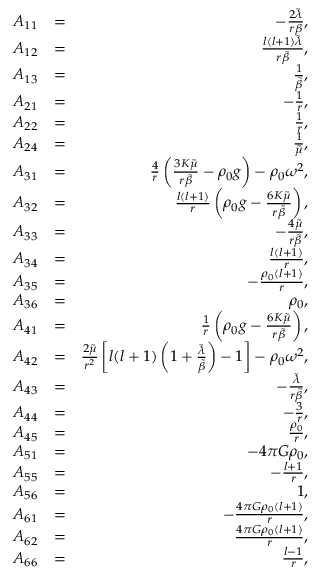
\begin{array} { r l r } { A _ { 1 1 } } & { = } & { - \frac { 2 \tilde { \lambda } } { r \beta } , } \\ { A _ { 1 2 } } & { = } & { \frac { l ( l + 1 ) \tilde { \lambda } } { r \tilde { \beta } } , } \\ { A _ { 1 3 } } & { = } & { \frac { 1 } { \tilde { \beta } } , } \\ { A _ { 2 1 } } & { = } & { - \frac { 1 } { r } , } \\ { A _ { 2 2 } } & { = } & { \frac { 1 } { r } , } \\ { A _ { 2 4 } } & { = } & { \frac { 1 } { \tilde { \mu } } , } \\ { A _ { 3 1 } } & { = } & { \frac { 4 } { r } \left( \frac { 3 K \tilde { \mu } } { r \tilde { \beta } } - \rho _ { 0 } g \right) - \rho _ { 0 } \omega ^ { 2 } , } \\ { A _ { 3 2 } } & { = } & { \frac { l ( l + 1 ) } { r } \left( \rho _ { 0 } g - \frac { 6 K \tilde { \mu } } { r \tilde { \beta } } \right) , } \\ { A _ { 3 3 } } & { = } & { - \frac { 4 \tilde { \mu } } { r \tilde { \beta } } , } \\ { A _ { 3 4 } } & { = } & { \frac { l ( l + 1 ) } { r } , } \\ { A _ { 3 5 } } & { = } & { - \frac { \rho _ { 0 } ( l + 1 ) } { r } , } \\ { A _ { 3 6 } } & { = } & { \rho _ { 0 } , } \\ { A _ { 4 1 } } & { = } & { \frac { 1 } { r } \left( \rho _ { 0 } g - \frac { 6 K \tilde { \mu } } { r \tilde { \beta } } \right) , } \\ { A _ { 4 2 } } & { = } & { \frac { 2 \tilde { \mu } } { r ^ { 2 } } \left[ l ( l + 1 ) \left( 1 + \frac { \tilde { \lambda } } { \tilde { \beta } } \right) - 1 \right] - \rho _ { 0 } \omega ^ { 2 } , } \\ { A _ { 4 3 } } & { = } & { - \frac { \tilde { \lambda } } { r \tilde { \beta } } , } \\ { A _ { 4 4 } } & { = } & { - \frac { 3 } { r } , } \\ { A _ { 4 5 } } & { = } & { \frac { \rho _ { 0 } } { r } , } \\ { A _ { 5 1 } } & { = } & { - 4 \pi G \rho _ { 0 } , } \\ { A _ { 5 5 } } & { = } & { - \frac { l + 1 } { r } , } \\ { A _ { 5 6 } } & { = } & { 1 , } \\ { A _ { 6 1 } } & { = } & { - \frac { 4 \pi G \rho _ { 0 } ( l + 1 ) } { r } , } \\ { A _ { 6 2 } } & { = } & { \frac { 4 \pi G \rho _ { 0 } ( l + 1 ) } { r } , } \\ { A _ { 6 6 } } & { = } & { \frac { l - 1 } { r } , } \end{array}